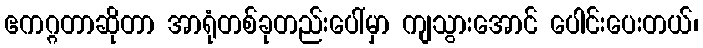
ဧကဂ္ဂတာဆိုတာ အာရုံတစ်ခုတည်းပေါ်မှာ ကျသွားအောင် ပေါင်းပေးတယ်၊